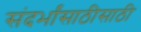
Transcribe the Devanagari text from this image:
संदर्भांसाठीसाठी